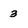
Character: 3